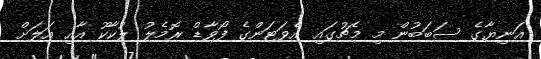
އަނިޔާގެ ސަބަބުން މި މެޗުގައި އެވަޓަންގެ ފޯވާޑް ރޮމެލު ލުކާކޫ އާއި އަލަށް